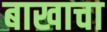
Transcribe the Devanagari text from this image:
बाखाचा